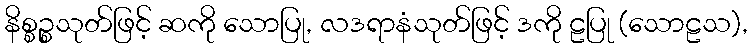
နိစ္စဉ္စသုတ်ဖြင့် ဆကို သောပြု, လဒရာနံသုတ်ဖြင့် ဒကို ဠပြု (သောဠသ),